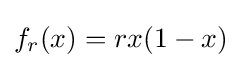
f_{r}(x)=rx(1-x)